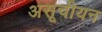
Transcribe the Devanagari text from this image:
असूचीयन